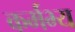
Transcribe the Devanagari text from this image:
कर्मभ्य